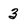
Character: 3